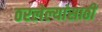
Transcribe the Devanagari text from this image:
ठरलेल्यांसाठी